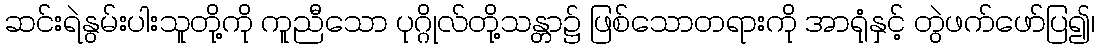
ဆင်းရဲနွမ်းပါးသူတို့ကို ကူညီသော ပုဂ္ဂိုလ်တို့သန္တာ၌ ဖြစ်သောတရားကို အာရုံနှင့် တွဲဖက်ဖော်ပြ၍၊